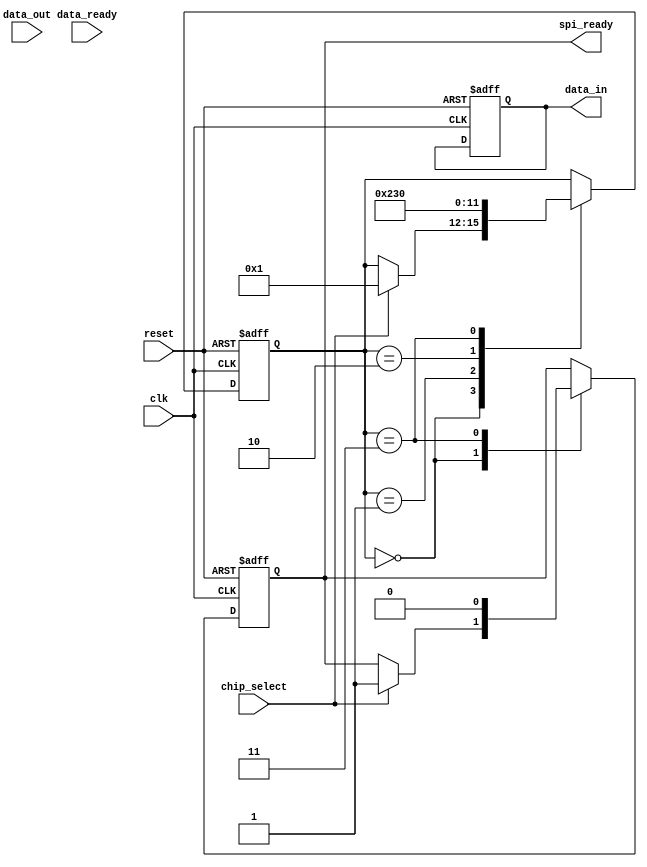
module spi_master(
    input wire clk,
    input wire reset,
    input wire chip_select,
    input wire [7:0] data_out,
    output reg [7:0] data_in,
    input wire data_ready,
    output reg spi_ready
);

parameter DATA_WIDTH = 8;
parameter CLOCK_FREQ = 1000000; //1 MHz
parameter POLARITY = 0; //default is 0
parameter PHASE = 0; //default is 0

reg [DATA_WIDTH-1:0] shift_reg;
reg [3:0] state;

always @(posedge clk or posedge reset) begin
    if (reset) begin
        shift_reg <= 8'd0;
        state <= 4'd0;
        spi_ready <= 1'b0;
        data_in <= 8'd0;
    end else begin
        case(state)
            4'd0: begin // IDLE state
                if(chip_select) begin
                    state <= 4'd1; // Move to SEND state
                    spi_ready <= 1'b1;
                end
            end
            4'd1: begin // SEND state
                shift_reg <= {data_out, shift_reg[DATA_WIDTH-1:1]}; // Shift data
                state <= 4'd2; // Move to TRANSMIT state
            end
            4'd2: begin // TRANSMIT state
                // Generate clock and chip select signals
                // Send data_out serially
                // Wait for slave response
                // Move to RECEIVE state
                state <= 4'd3;
            end
            4'd3: begin // RECEIVE state
                // Receive data from slave
                // Update data_in
                // Move back to IDLE state
                state <= 4'd0;
                spi_ready <= 1'b0;
            end
        endcase
    end
end

endmodule